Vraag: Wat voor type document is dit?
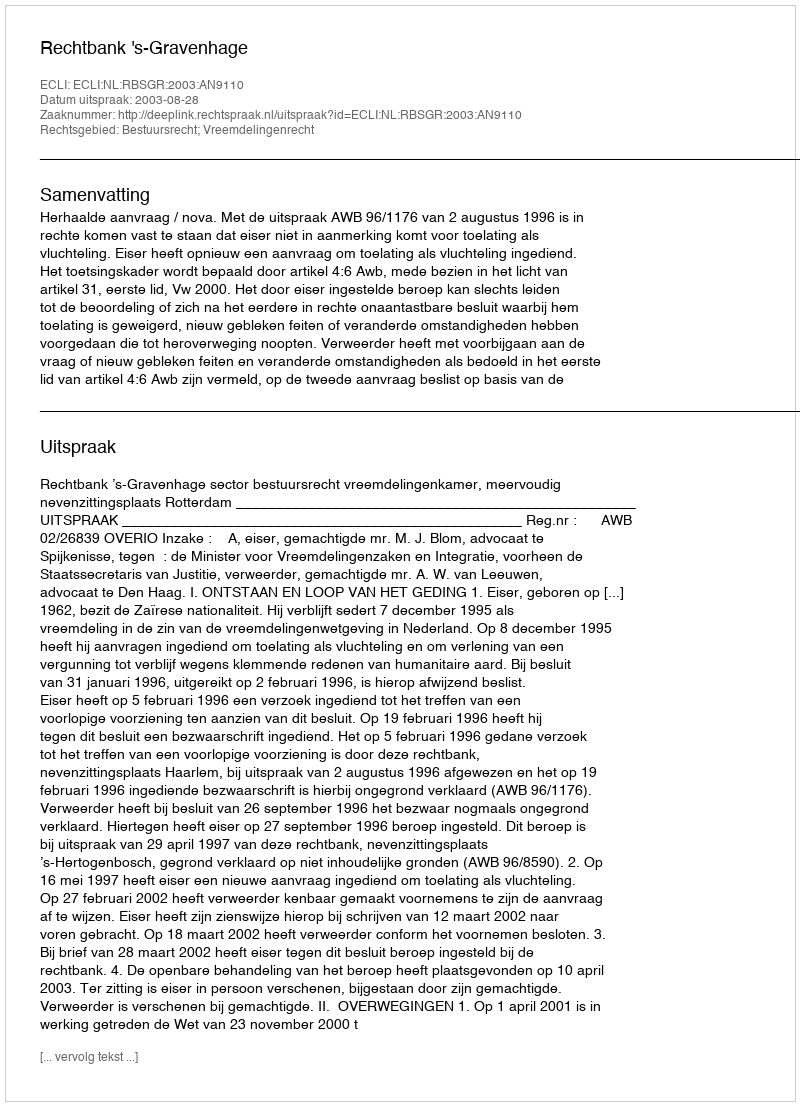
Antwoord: Uitspraak